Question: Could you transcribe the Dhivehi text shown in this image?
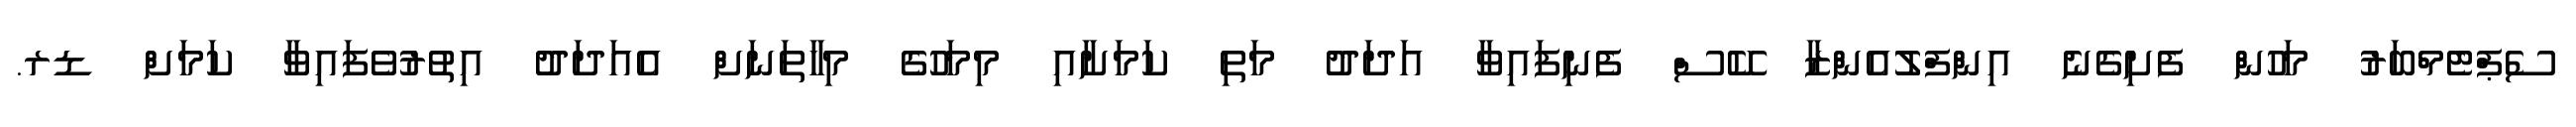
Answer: ސެޕްޓެމްބަރު މަހުން ފެށިގެނެ އިންފްލުއެންޒާ ކޭސް ފެނިފައިވާ އަދަދު މަތި ކަމަށާއި މިމަހުގެ މިހާތަނަށް އެއަދަދު އިތުރުވެފައިވާ ކަމަށް ޑރ.